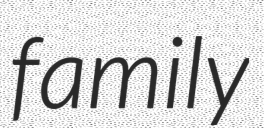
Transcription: family